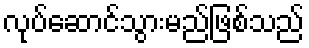
လုပ်ဆောင်သွားမည်ဖြစ်သည်